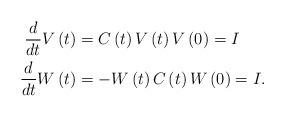
LaTeX: \begin{align*}\frac{d}{dt}V\left( t\right) & =C\left( t\right) V\left( t\right)V\left( 0\right) =I\\\frac{d}{dt}W\left( t\right) & =-W\left( t\right) C\left( t\right)W\left( 0\right) =I.\end{align*}